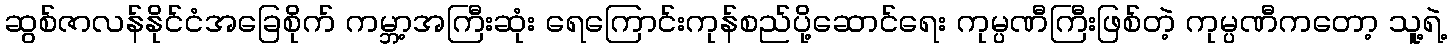
ဆွစ်ဇာလန်နိုင်ငံအခြေစိုက် ကမ္ဘာ့အကြီးဆုံး ရေကြောင်းကုန်စည်ပို့ဆောင်ရေး ကုမ္ပဏီကြီးဖြစ်တဲ့ ကုမ္ပဏီကတော့ သူ့ရဲ့